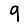
Digit: 9